Medical and sanitary report of the native army of Madras for the year
Year: 1878
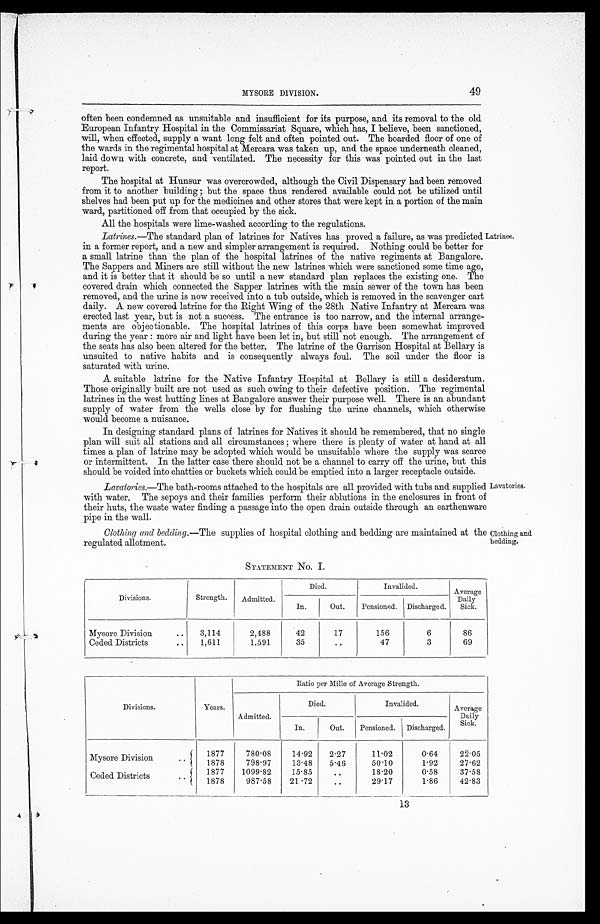
MYSORE DIVISION.
49
often been condemned as unsuitable and insufficient for its purpose, and its removal to the old
European Infantry Hospital in the Commissariat Square, which has, I believe, been sanctioned,
will, when effected, supply a want long felt and often pointed out. The boarded floor of one of
the wards in the regimental hospital at Mercara was taken up, and the space underneath cleaned,
laid down with concrete, and ventilated. The necessity for this was pointed out in the last
report.
The hospital at Hunsur was overcrowded, although the Civil Dispensary had been removed
from it to another building ; but the space thus rendered available could not be utilized until
shelves had been put up for the medicines and other stores that were kept in a portion of the main
ward, partitioned off from that occupied by the sick.
All the hospitals were lime-washed according to the regulations.
Latrines .—The standard plan of latrines for Natives has proved a failure, as was predicted
in a former report, and a new and simpler arrangement is required. Nothing could be better for
a small latrine than the plan of the hospital latrines of the native regiments at Bangalore.
The Sappers and Miners are still without the new latrines which were sanctioned some time ago,
and it is better that it should be so until a new standard plan replaces the existing one. The
covered drain which connected the Sapper latrines with the main sewer of the town has been
removed, and the urine is now received into a tub outside, which is removed in the scavenger cart
daily. A new covered latrine for the Right Wing of the 28th Native Infantry at Mercara was
erected last year, but is not a success. The entrance is too narrow, and the internal arrange-
ments are objectionable. The hospital latrines of this corps have been somewhat improved
during the year : more air and light have been let in, but still not enough. The arrangement of
the seats has also been altered for the better. The latrine of the Garrison Hospital at Bellary is
unsuited to native habits and is consequently always foul. The soil under the floor is
saturated with urine.
A suitable latrine for the Native Infantry Hospital at Bellary is still a desideratum.
Those originally built are not used as such owing to their defective position. The regimental
latrines in the west hutting lines at Bangalore answer their purpose well. There is an abundant
supply of water from the wells close by for flushing the urine channels, which otherwise
would become a nuisance.
In designing standard plans of latrines for Natives it should be remembered, that no single
plan will suit all stations and all circumstances ; where there is plenty of water at hand at all
times a plan of latrine may be adopted which would be unsuitable where the supply was scaree
or intermittent. In the latter case there should not be a channel to carry off the urine, but this
should be voided into chatties or buckets which could be emptied into a larger receptacle outside.
Lavatories. —The bath-rooms attached to the hospitals are all provided with tubs and supplied
with water. The sepoys and their families perform their ablutions in the enclosures in front of
their huts, the waste water finding a passage into the open drain outside through an earthenwar
e p i p e i n t h e w a l l .
Clothing and bedding .—The supplies of hospital clothing and bedding are maintained at the
regulated allotment.
STATEMENT NO.1
Latrines.
Lavatories.
Clothing and
bedding.
Divisions.
Strength.
Admitted.
Died.
Invalided.
Average
Daily
Sick.
In.
Out.
Pensioned. Discharged.
Mysore Division
..
3,114
2.488
42
17
156
6
86
Ceded Districts
..
1,611
1.591
35
..
47
3
69
Divisions.
Years.
Admitted.
Ratio per Mille of Average Strength.
Died.
Invalided.
Average
Daily
Sick.
In.
Out.
Pensioned. Discharged.
Mysore Division
..
1877
780.08
14.92
2.27
11.02
0.64
22.05
1878
798.97
13.48
5.46
50.10
1.92
27.62
Ceded Districts .. 1877
1099.82
15.85
..
18.20
0.58
37.58
1878
987.58
21.72
..
29.17
1.86
42.83
13